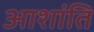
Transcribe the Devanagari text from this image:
आशांति